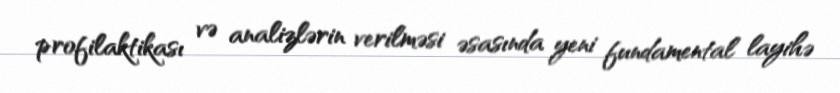
profilaktikası və analizlərin verilməsi əsasında yeni fundamental layihə